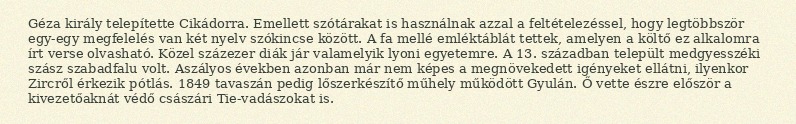
Géza király telepítette Cikádorra. Emellett szótárakat is használnak azzal a feltételezéssel, hogy legtöbbször egy-egy megfelelés van két nyelv szókincse között. A fa mellé emléktáblát tettek, amelyen a költő ez alkalomra írt verse olvasható. Közel százezer diák jár valamelyik lyoni egyetemre. A 13. században települt medgyesszéki szász szabadfalu volt. Aszályos években azonban már nem képes a megnövekedett igényeket ellátni, ilyenkor Zircről érkezik pótlás. 1849 tavaszán pedig lőszerkészítő műhely működött Gyulán. Ő vette észre először a kivezetőaknát védő császári Tie-vadászokat is.